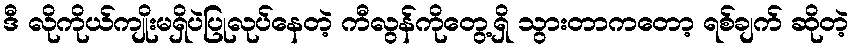
ဒီ လိုကိုယ်ကျိုးမရှိပဲပြုလုပ်နေတဲ့ ကီလွန်ကိုတွေ့ရှိ သွားတာကတော့ ရစ်ချက် ဆိုတဲ့